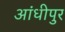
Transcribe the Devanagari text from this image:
आंधीपुर